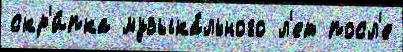
скр'и́пка музыка́льного л'ет посл'е